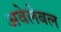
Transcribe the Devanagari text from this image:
अवेलेबल